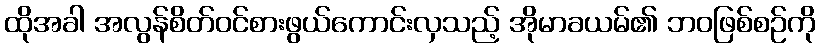
ထိုအခါ အလွန်စိတ်ဝင်စားဖွယ်ကောင်းလှသည့် အိုမာခယမ်၏ ဘဝဖြစ်စဉ်ကို